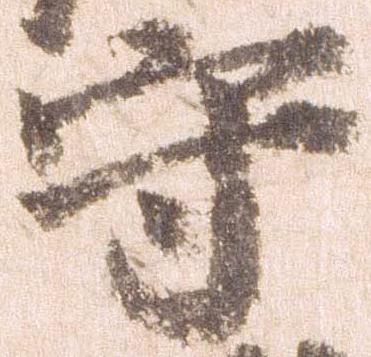
守